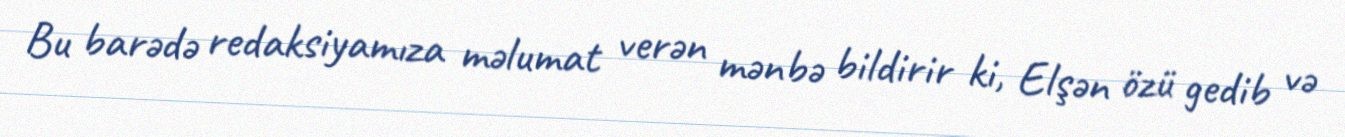
Bu barədə redaksiyamıza məlumat verən mənbə bildirir ki, Elşən özü gedib və